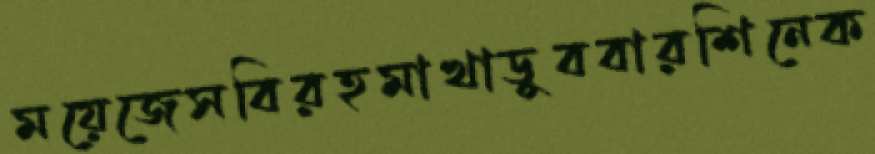
ময়েজেসবিরহমাখাডুববারশিনেক